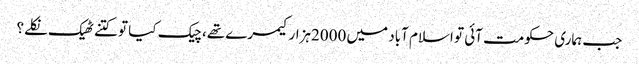
﻿ جب ہماری حکومت آئی تو اسلام آباد میں 2000ہزارکیمرے تھے، چیک کیا تو کتنے ٹھیک نکلے؟